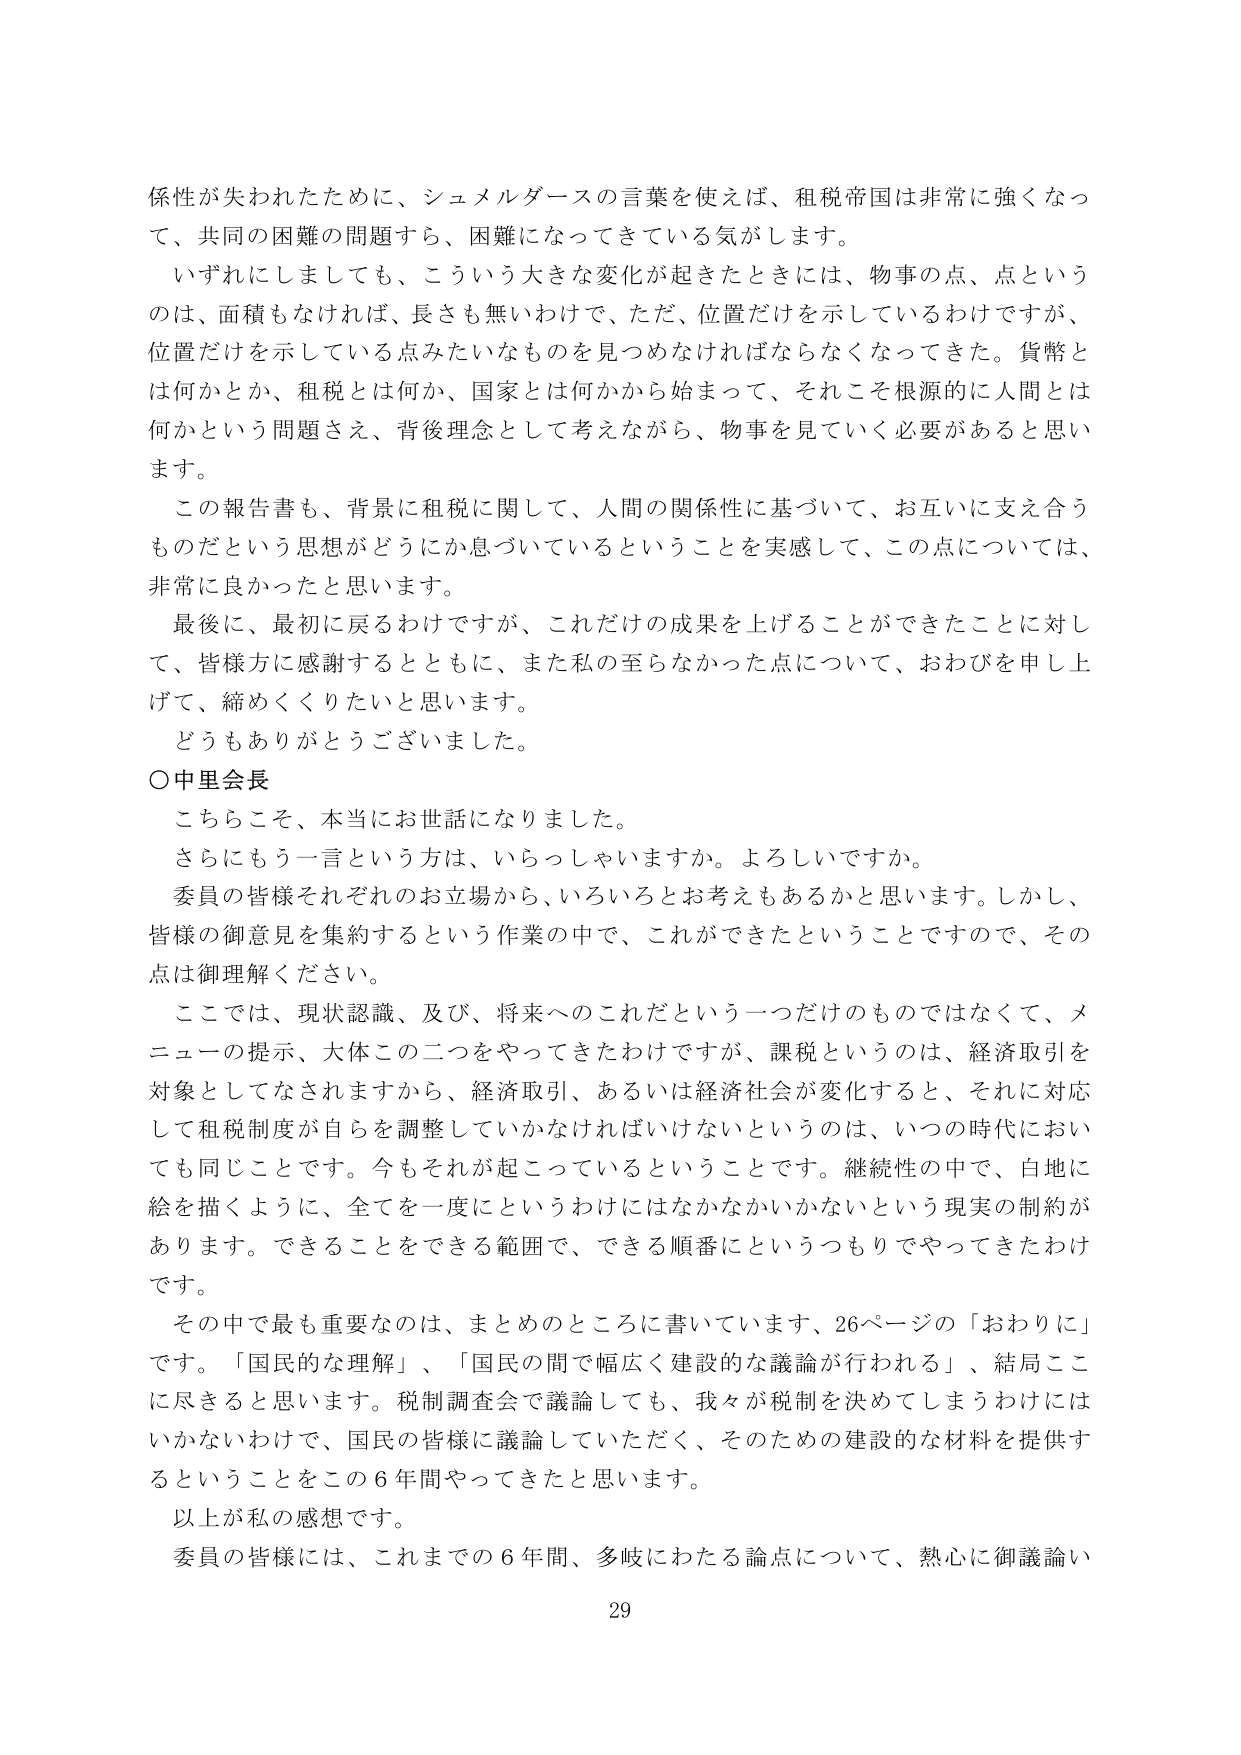
係性が失われたために、シュメルダースの言葉を使えば、租税帝国は非常に強くなって、共同の困難の問題すら、困難になってきている気がします。

いずれにしましても、こういう大きな変化が起きたときには、物事の点、点というのは、面積もなければ、長さも無いわけで、ただ、位置だけを示しているわけですが、位置だけを示している点みたいなものを見つめなければならないくなってきた。貨幣とは何かとか、租税とは何か、国家とは何かから始まって、それこそ根源的に人間とは何かという問題さえ、背後理念として考えながら、物事を見ていく必要があると思います。

この報告書も、背景に租税に関して、人間の関係性に基づいて、お互いに支え合うものだという思想がどうにか息づいているということを実感して、この点については、非常に良かったと思います。

最後に、最初に戻るわけですが、これだけの成果を上げることができたことに対して、皆様方に感謝するとともに、また私の至らなかった点について、おわびを申し上げて、締めくくりたいと思います。

どうもありがとうございました。

○中里会長

こちらこそ、本当にお世話になりました。

さらにもう一言という方は、いらっしゃいますか。よろしいですか。

委員の皆様それぞれのお立場から、いろいろとお考えもあるかと思います。しかし、皆様の御意見を集約するという作業の中で、これできたということですので、その点は御理解ください。

ここでは、現状認識、及び、将来へのこれだという一つだけのものではなくて、メニューの提示、大体この二つをやってきたわけですが、課税というのは、経済取引を対象としてなされますから、経済取引、あるいは経済社会が変化すると、それに対応して租税制度が自らを調整していかなければならないというのは、いつの時代においても同じことです。今もそれが起こっているということです。継続性の中で、白地に絵を描くように、全てを一度にというわけにはなかなかいかないという現実の制約があります。できることをできる範囲で、できる順番にというつもりでやってきたわけです。

その中で最も重要なのは、まとめのところに書いています、26ページの「おわりに」です。「国民的な理解」、「国民の間で幅広く建設的な議論が行われる」、結局ここに尽きると思います。税制調査会で議論しても、我々が税制を決めてしまうわけにはいかないわけで、国民の皆様に議論していただく、そのための建設的な材料を提供することをこの6年間やってきたと思います。

以上が私の感想です。

委員の皆様には、これまでの6年間、多岐にわたる論点について、熱心に御議論い

29